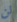
لن